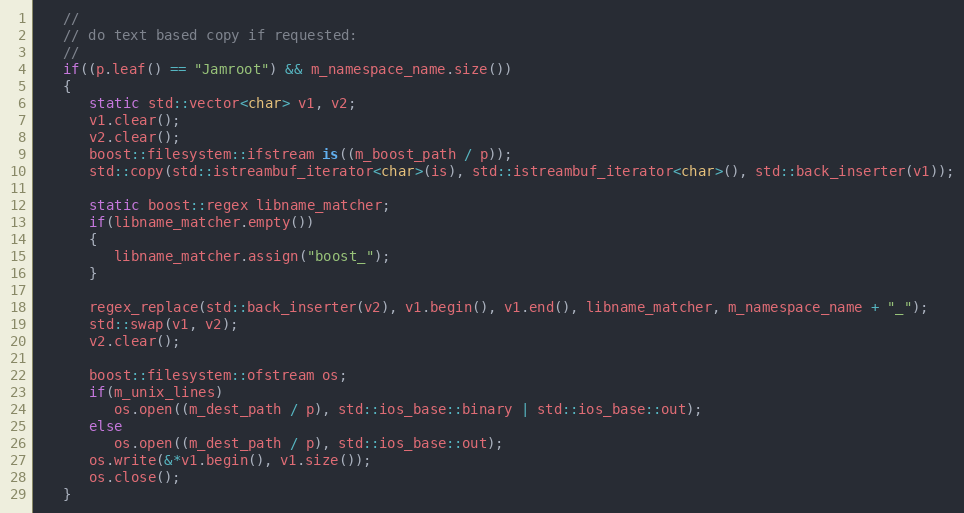
Language: C++
   //
   // do text based copy if requested:
   //
   if((p.leaf() == "Jamroot") && m_namespace_name.size())
   {
      static std::vector<char> v1, v2;
      v1.clear();
      v2.clear();
      boost::filesystem::ifstream is((m_boost_path / p));
      std::copy(std::istreambuf_iterator<char>(is), std::istreambuf_iterator<char>(), std::back_inserter(v1));

      static boost::regex libname_matcher;
      if(libname_matcher.empty())
      {
         libname_matcher.assign("boost_");
      }

      regex_replace(std::back_inserter(v2), v1.begin(), v1.end(), libname_matcher, m_namespace_name + "_");
      std::swap(v1, v2);
      v2.clear();

      boost::filesystem::ofstream os;
      if(m_unix_lines)
         os.open((m_dest_path / p), std::ios_base::binary | std::ios_base::out);
      else
         os.open((m_dest_path / p), std::ios_base::out);
      os.write(&*v1.begin(), v1.size());
      os.close();
   }